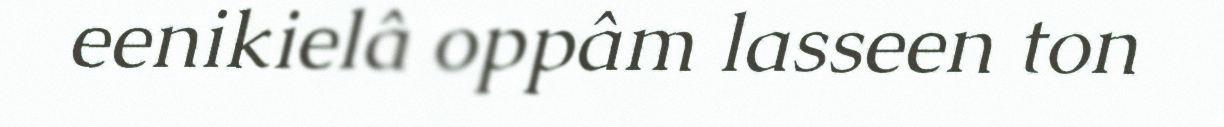
eenikielâ oppâm lasseen ton